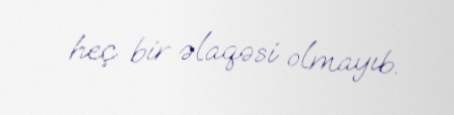
heç bir əlaqəsi olmayıb.